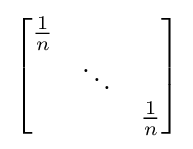
{\begin{bmatrix}{\frac {1}{n}}&&\\&\ddots &\\&&{\frac {1}{n}}\end{bmatrix}}